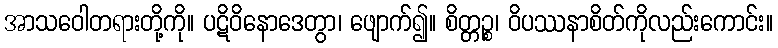
အာသဝေါတရားတို့ကို။ ပဋိဝိနောဒေတွာ၊ ဖျောက်၍။ စိတ္တဉ္စ၊ ဝိပဿနာစိတ်ကိုလည်းကောင်း။